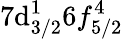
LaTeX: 7\mathrm{d}_{3/2}^{1}6f_{5/2}^{4}